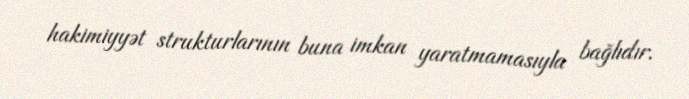
hakimiyyət strukturlarının buna imkan yaratmamasıyla bağlıdır.